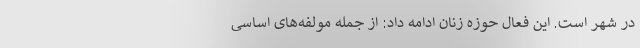
در شهر است. این فعال حوزه زنان ادامه داد: از جمله مولفه‌های اساسی